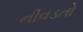
નીવડતો